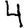
Digit: 4